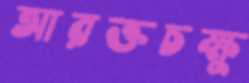
আরক্তচক্ষু